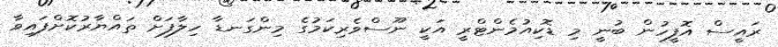
ރައީސް އޮފީހުން ބުނީ މި ޑޮކިއުމެންޓްރީ އަކީ ނޫސްވެރިކަމުގެ މިންގަނޑާ ހިލާފަށް ތައްޔާރުކޮށްފައިވާ